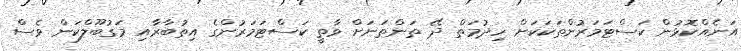
އަނެއްކޮޅުން ކަސްޓަމަރުންތަކަކަށް ހިދުމަތް ދޭ ތަންތަނަށް ވާތީ ކަސްޓަމަރުންގެ އިތުބާރާއި މަގުބޫލްކަން ވެސް